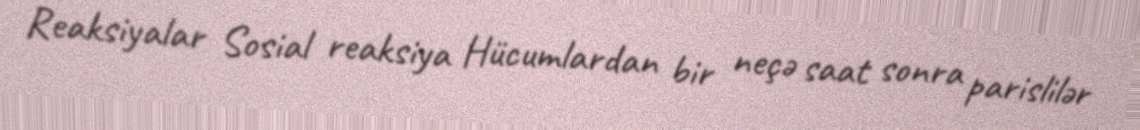
Reaksiyalar Sosial reaksiya Hücumlardan bir neçə saat sonra parislilər